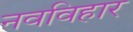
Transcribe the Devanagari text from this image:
नवविहार